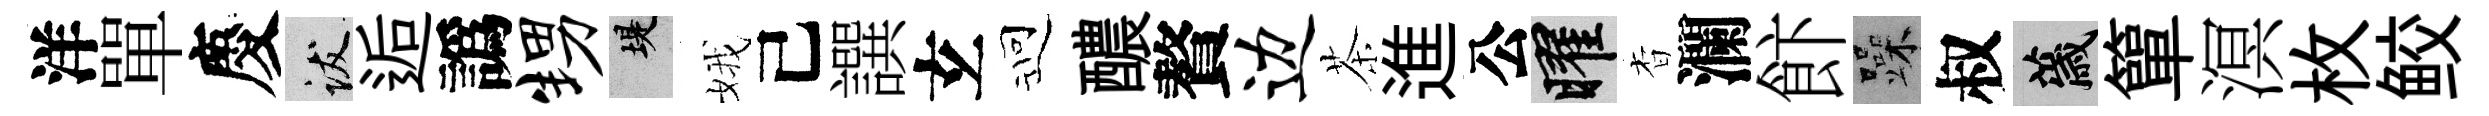
洋單慶跋逅譌甥堤娥己譔𤣥迎醲贅边茶進公曜杳瀾飰躁叔薉簞溟枚鲛